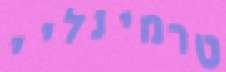
טרמינליי